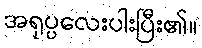
အရုပ္ပလေးပါးပြီး၏။